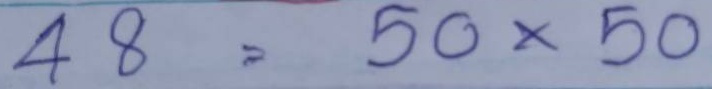
48 = 50 x 50